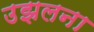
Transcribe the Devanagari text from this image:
उझलना